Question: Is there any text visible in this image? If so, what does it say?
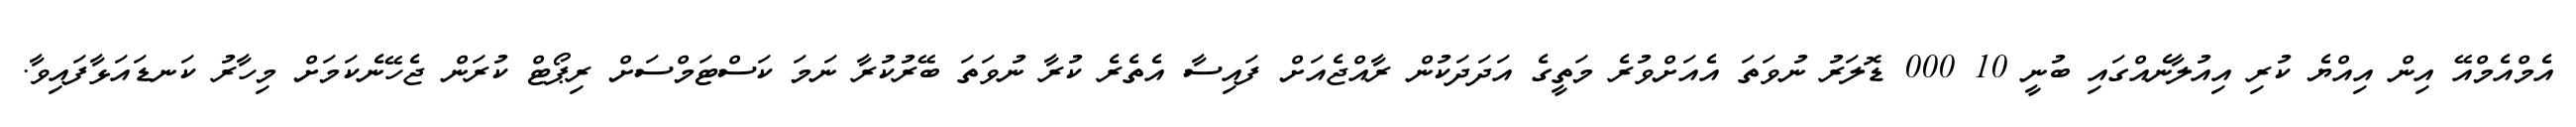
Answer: އެމްއެމްއޭ އިން އިއްޔެ ކުރި އިއުލާނެއްގައި ބުނީ 10 000 ޑޮލަރު ނުވަތަ އެއަށްވުރެ މަތީގެ އަދަދަކުން ރާއްޖެއަށް ފައިސާ އެތެރެ ކުރާ ނުވަތަ ބޭރުކުރާ ނަމަ ކަސްޓަމްސަށް ރިޕޯޓް ކުރަން ޖެހޭނެކަމަށް މިހާރު ކަނޑައަޅާފައިވާ.